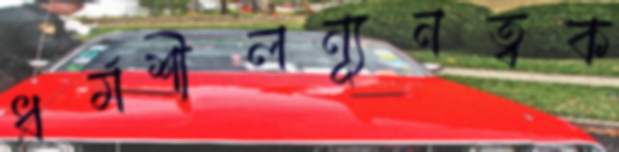
ধর্মশীলন্যূনত্বক